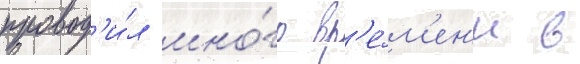
провод'и́л мно́го вр'е́м'ен'и в